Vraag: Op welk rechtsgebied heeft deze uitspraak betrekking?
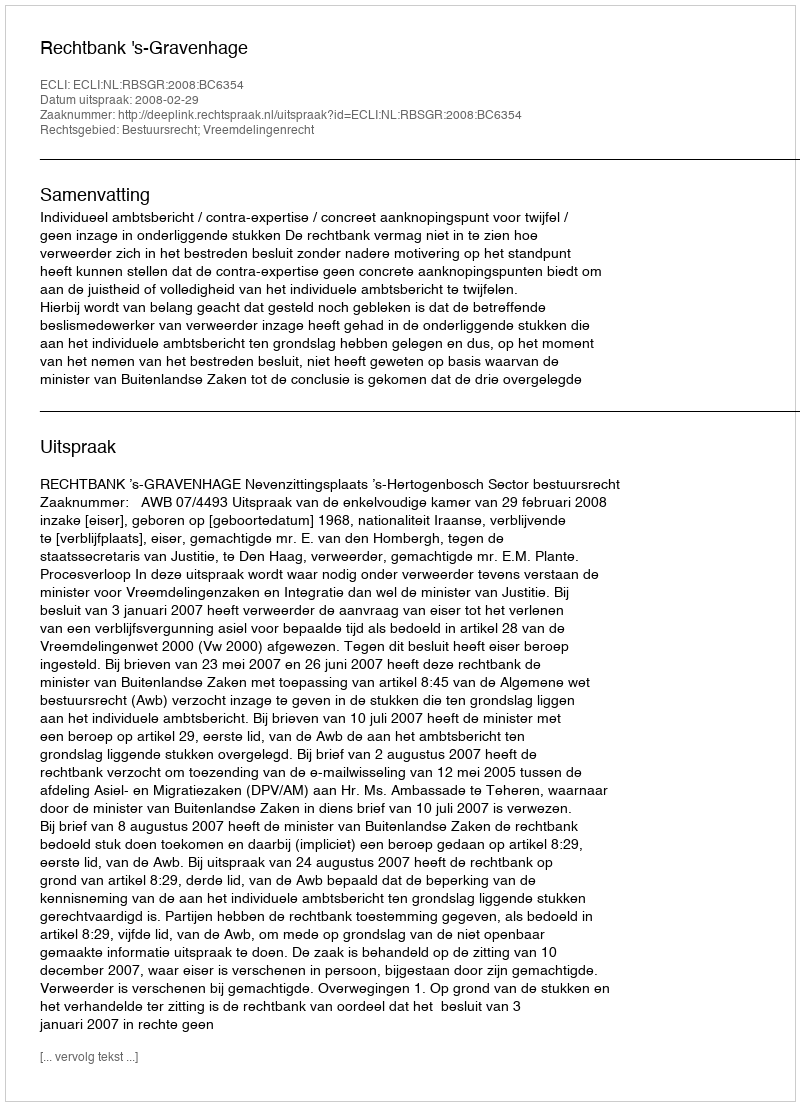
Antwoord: Bestuursrecht; Vreemdelingenrecht